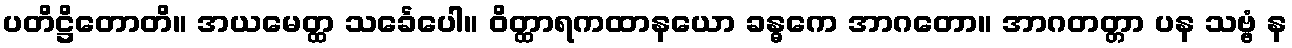
ပတိဋ္ဌိတောတိ။ အယမေတ္ထ သင်္ခေပေါ။ ဝိတ္ထာရကထာနယော ခန္ဓကေ အာဂတော။ အာဂတတ္တာ ပန သဗ္ဗံ န